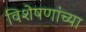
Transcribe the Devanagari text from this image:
विशेषणांच्या